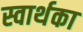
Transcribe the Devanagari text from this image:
स्वार्थका